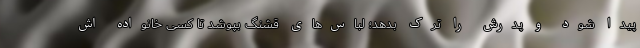
پیدا شود و پدرش را ترک بدهد؛ لباس‌های قشنگ بپوشد تا کسی خانواده اش